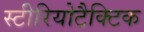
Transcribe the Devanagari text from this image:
स्टीरियोटैक्टिक